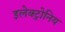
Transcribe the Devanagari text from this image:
इलेक्ट्रोनिय